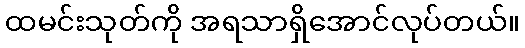
ထမင်းသုတ်ကို အရသာရှိအောင်လုပ်တယ်။